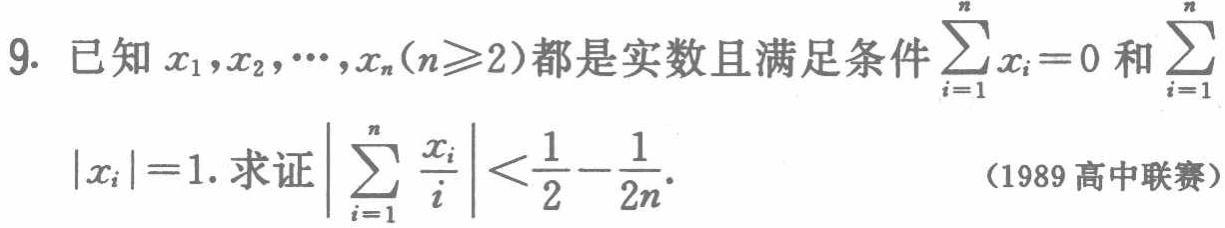
已知\(x_{1},x_{2},\cdots,x_{n}(n\geqslant2)\)都是实数且满足条件\(\sum_{i = 1}^{n}x_{i}=0\)和\(\sum_{i = 1}^{n}|x_{i}| = 1\). 求证\(\left|\sum_{i = 1}^{n}\frac{x_{i}}{i}\right|<\frac{1}{2}-\frac{1}{2n}\). （1989 高中联赛）